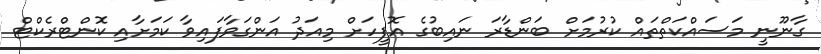
ގާނޫނީ މަސައްކަތްތައް ކުރުމަށް ބަންޑާރަ ނައިބުގެ އޮފީހަށް މިއަދު އަންގަވާފައިވާ ކަމަށާއި ކޮންޓްރެކްޓް